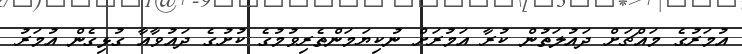
އުމަރުގެ މައްޗަށް ދައުލަތުން ކުރާ އަމުރަށް ނުކިޔަމަންތެރިވުމުގެ ކުށުގެ ދައުވާއާ ގުޅިގެން އުމަރު